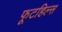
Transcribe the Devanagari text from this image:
फूटहिल्स